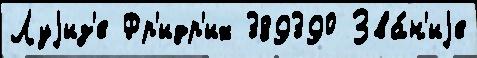
Луjиз'е Фр'идр'их 389390 Зва́н'иjе